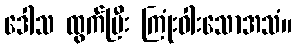
ဒေါသ ထွက်ပြီး ကြုံးဝါးသောအသံ။